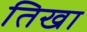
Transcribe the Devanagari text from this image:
तिखा